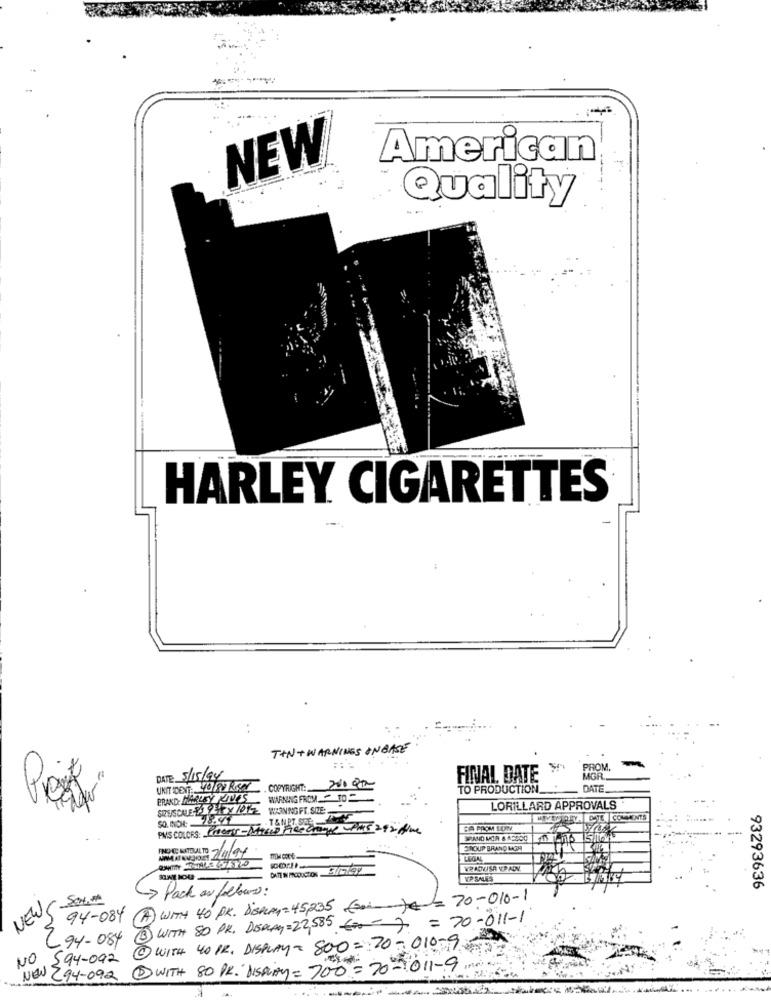
NEW
American
Quality
HARLEY CIGARETTES
TAN + WARNINGS ON BASE
PROM.
Projet
DATE: 5/15/94
FINAL DATE
MGR ..
UNITIDENT: 4018 Rose
COPYRIGHT: 2000
TO PRODUCTION
DATE
BRAKDE HARLEYPRIVES
WARNING FROM - 10
SIZE/SCALE FX9PX 101
WARNINGFT. SIZE:
LORILLARD APPROVALS
PUS COLCES: Poderes - Ditch Hee change Pas 292 Aloe
CA FROM SORRY
SROUP BRANO MOM
FINO DE MATERIALTO 7/01/97
LEGAL
DATE IN PRODUCTION
VCP-SALES
Pack as follows:
93293636
NEWC.
94-084 (A) WITH 40 PK. DisHAY=45,235 (or )4-70-010-1
5
3 WITH SO PR. DISPLAY=22,585 € :- ) = 70-011-1
.94-084
4 WITH 40 PR, DISPLAY- 800= 20-010-19
NO
594-092
NEW:
1WITH 80 PR."DISPLAY= 700= 70-011-9
(94-092